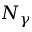
N _ { \gamma }